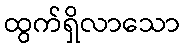
ထွက်ရှိလာသော